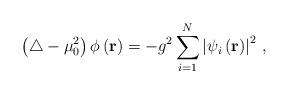
LaTeX: \begin{align*}\left(\triangle-\mu_0^2\right)\phi\left({\bf r}\right)=-g^2\sum_{i=1}^N\left|\psi_i\left({\bf r}\right)\right|^2\,,\end{align*}